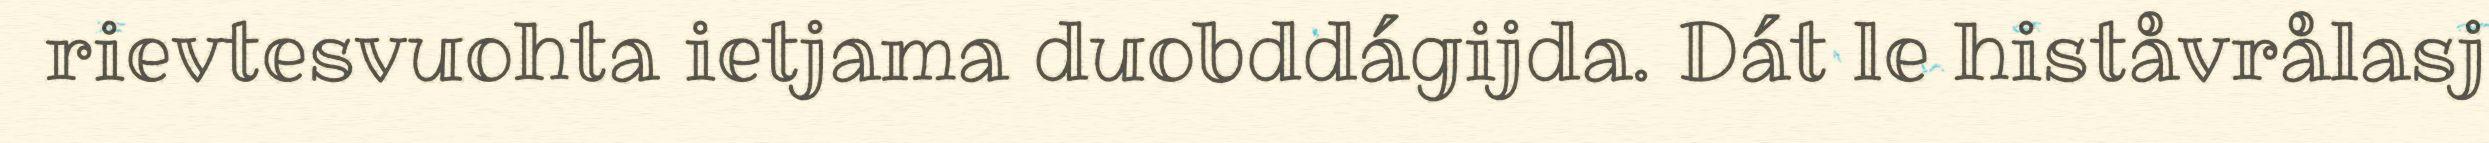
rievtesvuohta ietjama duobddágijda. Dát le histåvrålasj